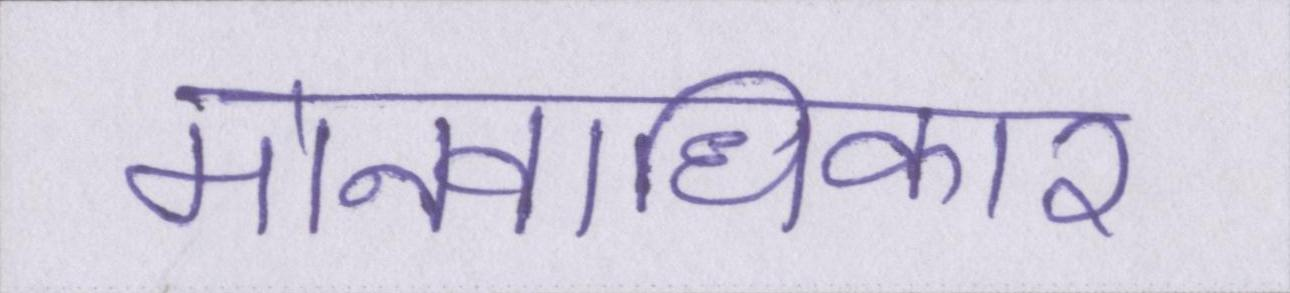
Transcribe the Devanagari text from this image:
मानवाधिकार